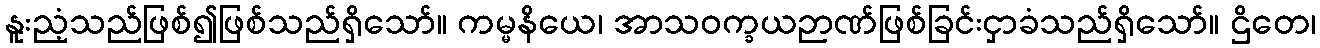
နူးညံ့သည်ဖြစ်၍ဖြစ်သည်ရှိသော်။ ကမ္မနိယေ၊ အာသဝက္ခယဉာဏ်ဖြစ်ခြင်းငှာခံသည်ရှိသော်။ ဌိတေ၊